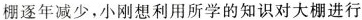
棚逐年减少，小刚想利用所学的知识对大棚进行